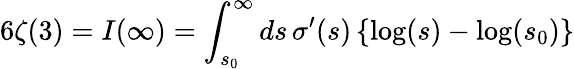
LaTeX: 6\zeta(3)=I(\infty)=\int_{s_{0}}^{\infty}ds\, \sigma^{\prime}(s)\left\{ \log(s)-\log(s_{0})\right\}